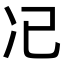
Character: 𠖰